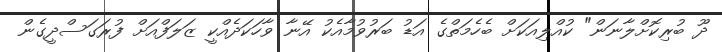
ދޫ ބުރިކޮށްލާނަން" ކުއްލިއަކަށް ބެހެމަތްގެ އަޑު ބަރުވުމާއެކު އޭނާ ވާހަކަދެއްކީ ޒަލަފްއަށް ފުރަގަސްދީގެން